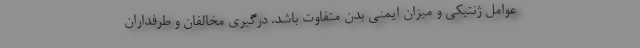
عوامل ژنتیکی و میزان ایمنی بدن متفاوت باشد. درگیری مخالفان و طرفداران